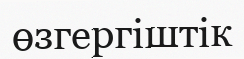
өзгергіштік